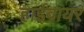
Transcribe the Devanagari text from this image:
हाईवायर